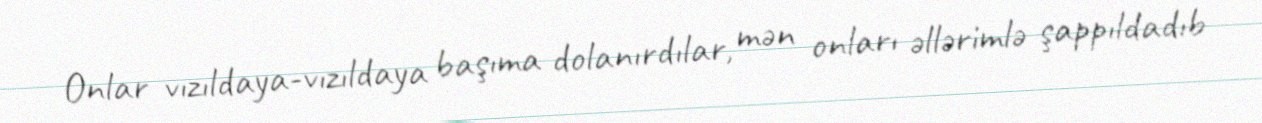
Onlar vızıldaya-vızıldaya başıma dolanırdılar, mən onları əllərimlə şappıldadıb